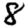
Digit: 8